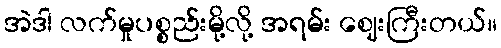
အဲဒါ လက်မှုပစ္စည်းမို့လို့ အရမ်း ဈေးကြီးတယ်။